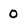
Character: 0